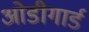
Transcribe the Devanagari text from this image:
ओडीगार्ड